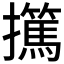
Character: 𰔺